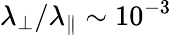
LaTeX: \lambda_{\perp}/\lambda_{\parallel}\sim 10^{-3}